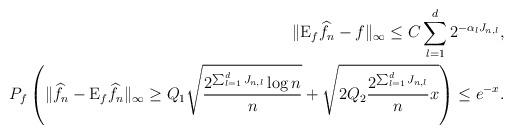
LaTeX: \begin{align*}\|\mathrm{E}_f\widehat{f}_n-f\|_\infty\leq C\sum_{l=1}^d2^{-\alpha_lJ_{n,l}},\\P_f\left(\|\widehat{f}_n-\mathrm{E}_f\widehat{f}_n\|_\infty\geq Q_1\sqrt{\frac{2^{\sum_{l=1}^dJ_{n,l}}\log{n}}{n}}+\sqrt{2Q_2\frac{2^{\sum_{l=1}^dJ_{n,l}}}{n}x}\right)\leq e^{-x}.\end{align*}